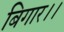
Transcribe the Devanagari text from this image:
बिगार।।